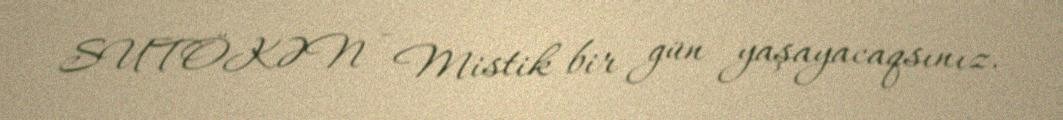
SUTÖKƏN - Mistik bir gün yaşayacaqsınız.